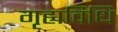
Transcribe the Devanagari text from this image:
गृह्यविधि